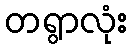
တရွာလုံး